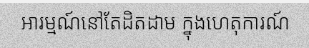
អារម្មណ៍នៅតែដិតដាម ក្នុងហេតុការណ៍